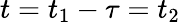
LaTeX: t=t_{1}-\tau=t_{2}